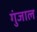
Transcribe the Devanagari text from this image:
गुंजाल